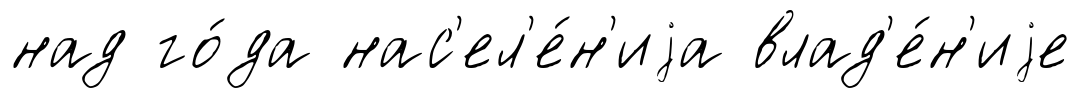
над го́да нас'ел'е́н'иjа влад'е́н'иjе